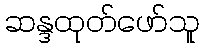
ဆန္ဒထုတ်ဖော်သူ